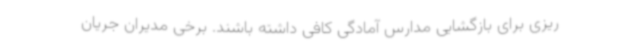
ریزی برای بازگشایی مدارس آمادگی کافی داشته باشند. برخی مدیران جریان